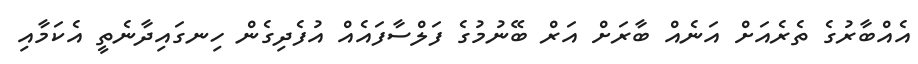
އެއްބާރުގެ ތެރެއަށް އަނެއް ބާރަށް އަރް ބޭނުމުގެ ފަލްސާފައެއް އުފެދިގެން ހިނގައިދާނެތީ އެކަމާއި